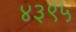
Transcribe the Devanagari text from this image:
४३९५